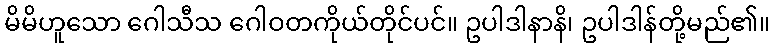
မိမိဟူသော ဂေါသီသ ဂေါဝတကိုယ်တိုင်ပင်။ ဥပါဒါနာနိ၊ ဥပါဒါန်တို့မည်၏။